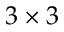
3 \times 3